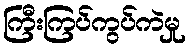
ကြီးကြပ်ကွပ်ကဲမှု